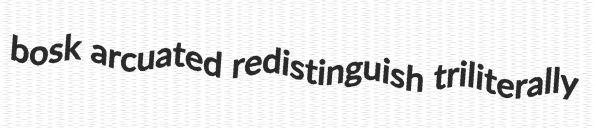
bosk arcuated redistinguish triliterally